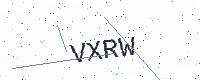
Text: VXRW